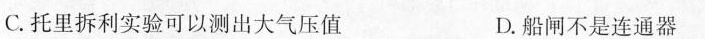
C.托里拆利实验可以测出大气压值 D.船闸不是连通器